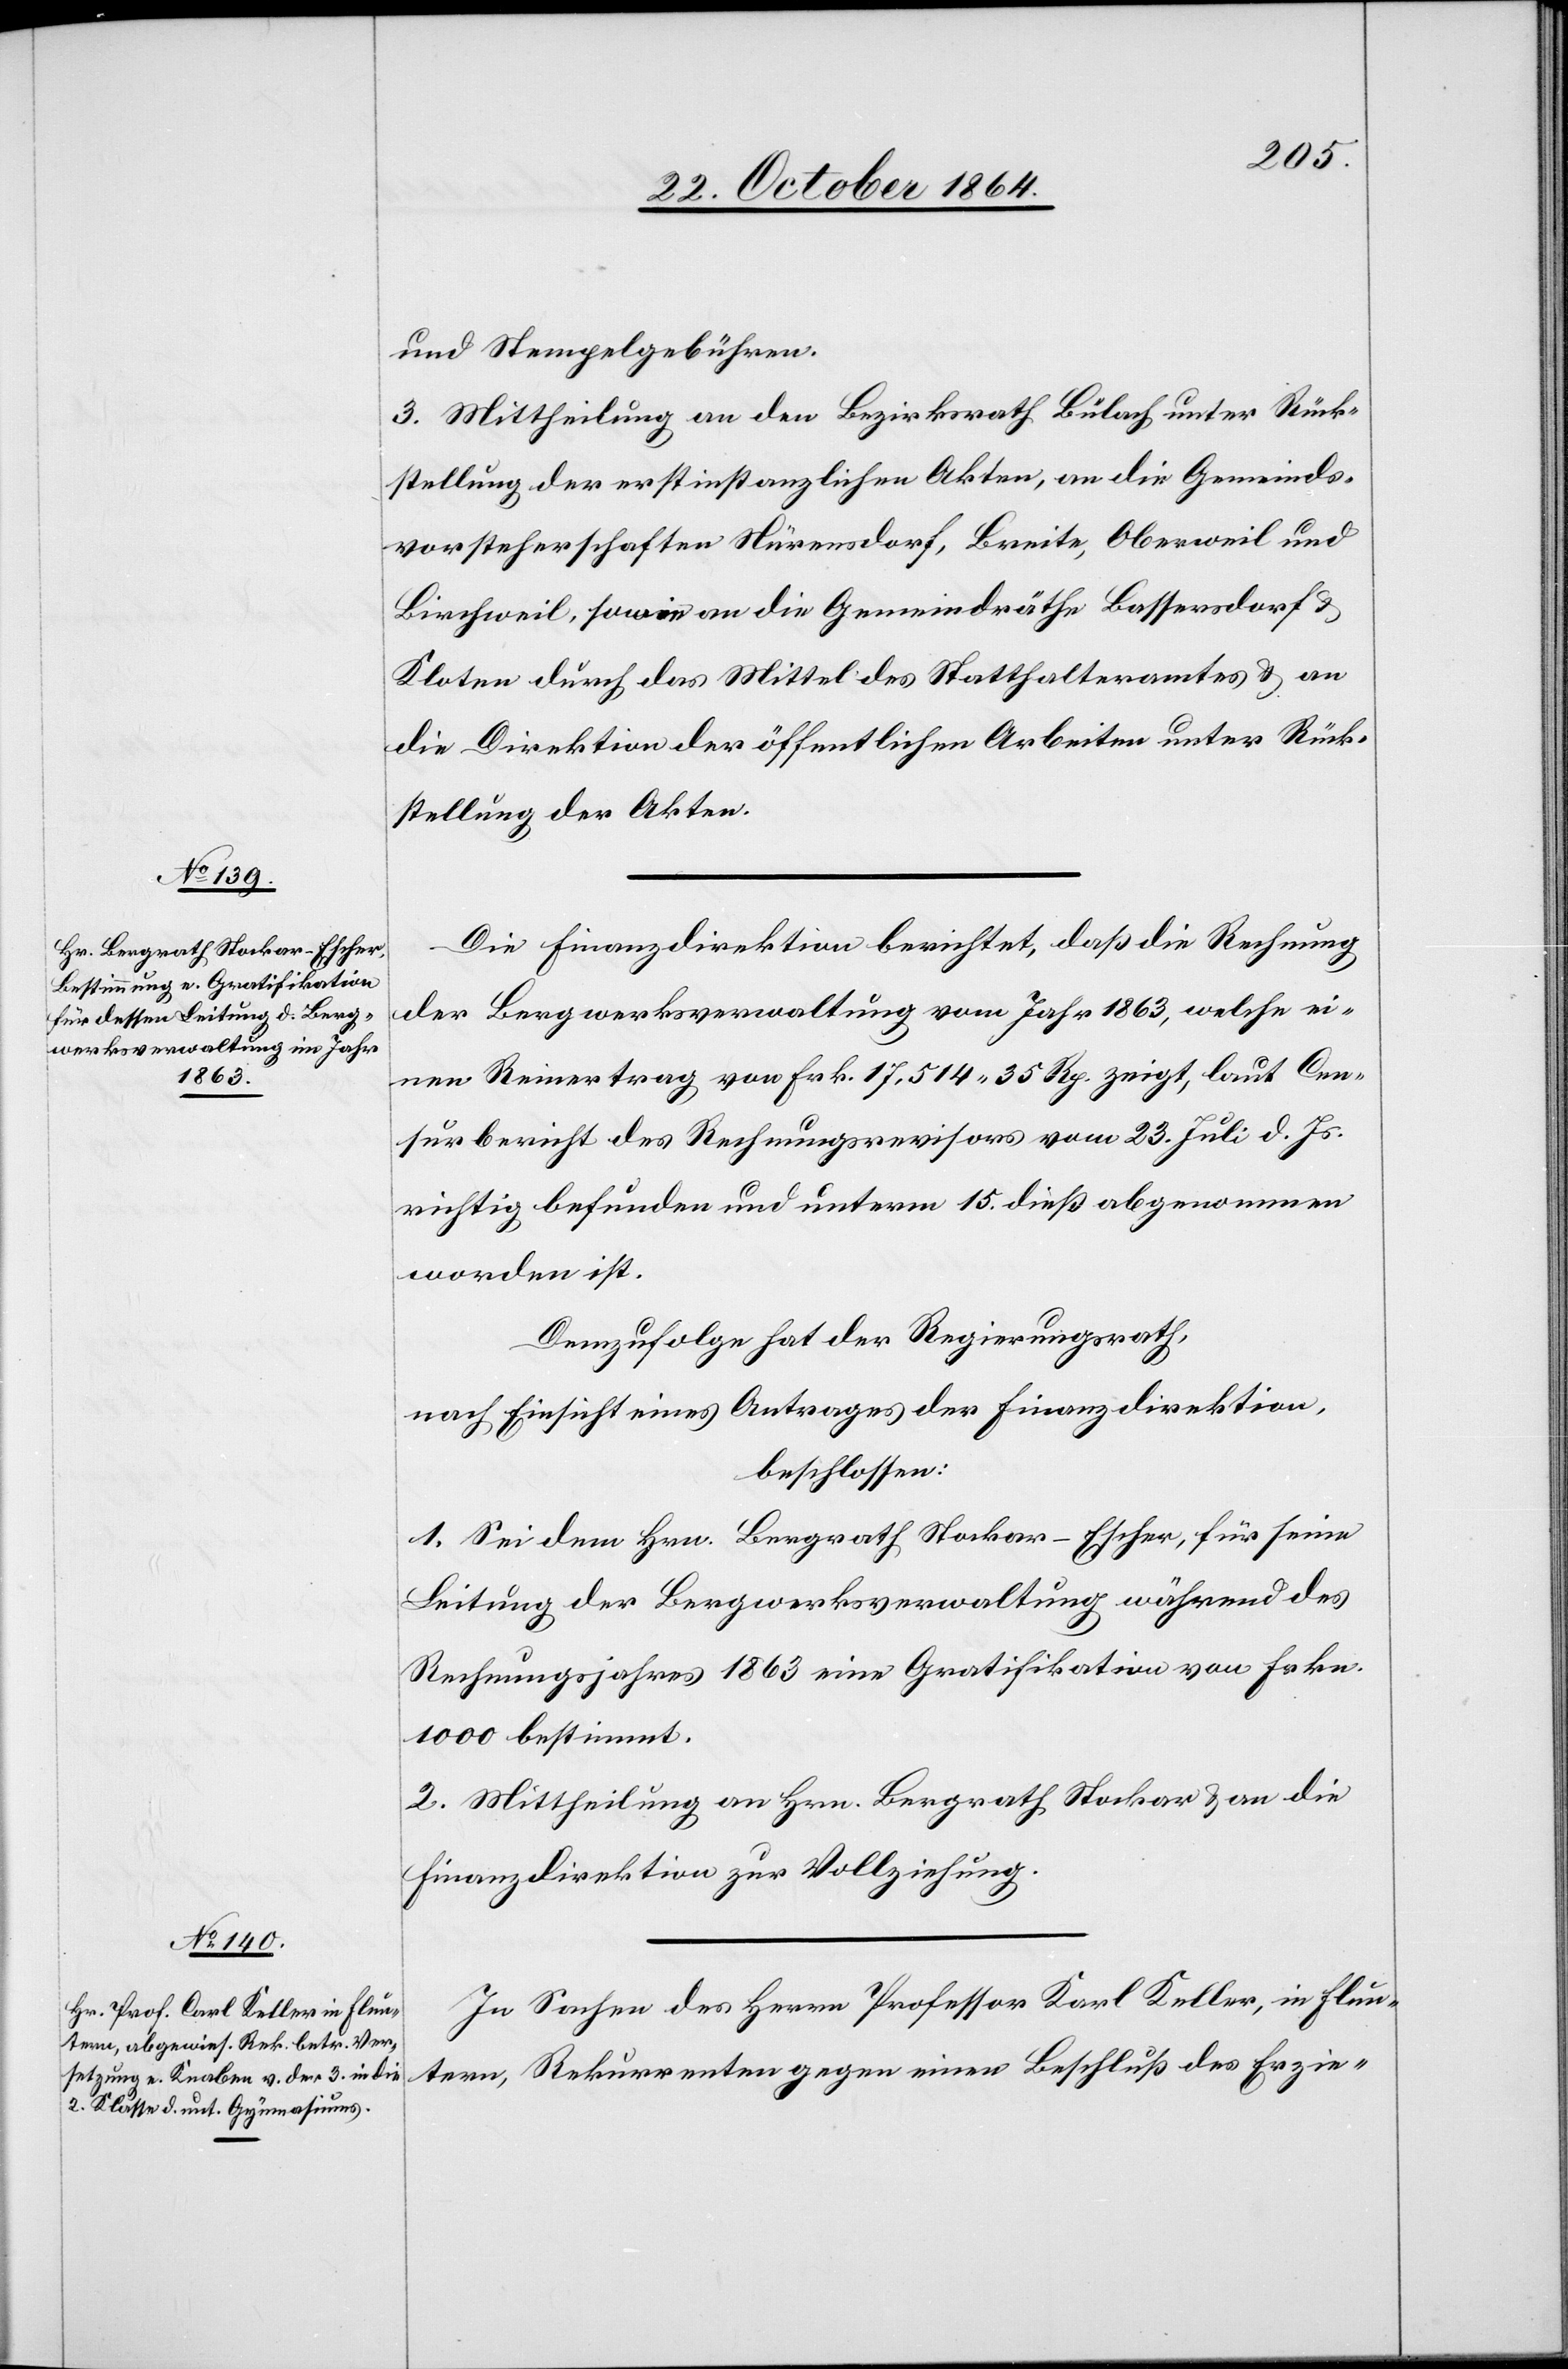
und Stempelgebühren.
3. Mittheilung an den Bezirksrath Bülach unter Rück¬
stellung der erstinstanzlichen Akten, an die Gemeinds¬
vorsteherschaften Nürensdorf, Breite, Oberweil und
Birchweil, sowie an die Gemeindräthe Bassersdorf &
Kloten durch das Mittel des Statthalteramtes & an
die Direktion der öffentlichen Arbeiten unter Rück¬
stellung der Akten.
Die Finanzdirektion berichtet, daß die Rechnung
der Bergwerksverwaltung vom Jahr 1863, welche ei¬
nen Reinertrag von Frk. 17,514.35 Rp. zeigt, laut Cen¬
surbericht des Rechnungsrevisors vom 23. Juli d. Js.
richtig befunden und unterm 15. dieß abgenommen
worden ist.
Demzufolge hat der Regierungsrath,
nach Einsicht eines Antrages der Finanzdirektion,
beschlossen:
1. Sei dem Hrn. Bergrath Stockar-Escher, für seine
Leitung der Bergwerksverwaltung während des
Rechnungsjahres 1863 eine Gratifikation von Frkn.
1000 bestimmt.
2. Mittheilung an Hrn. Bergrath Stockar & an die
Finanzdirektion zur Vollziehung.
In Sachen des Herrn Professor Karl [sic!] Keller, in Flun¬
tern, Rekurrenten gegen einen Beschluß des Erzie-